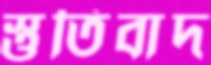
স্তুতিবাদ